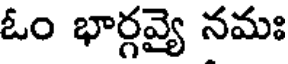
ఓం భార్గవ్యై నమః